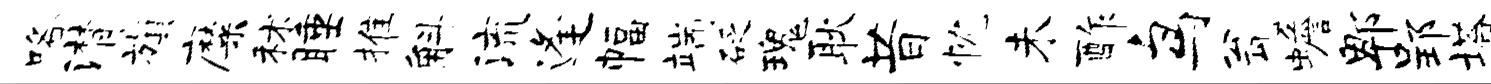
咯潸旗靡秫睡推斛流逢幅端砭瑰耿昔忱未酢鸟瓮蟾郫郢塔